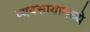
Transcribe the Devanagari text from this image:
व्यवसायामध्ये